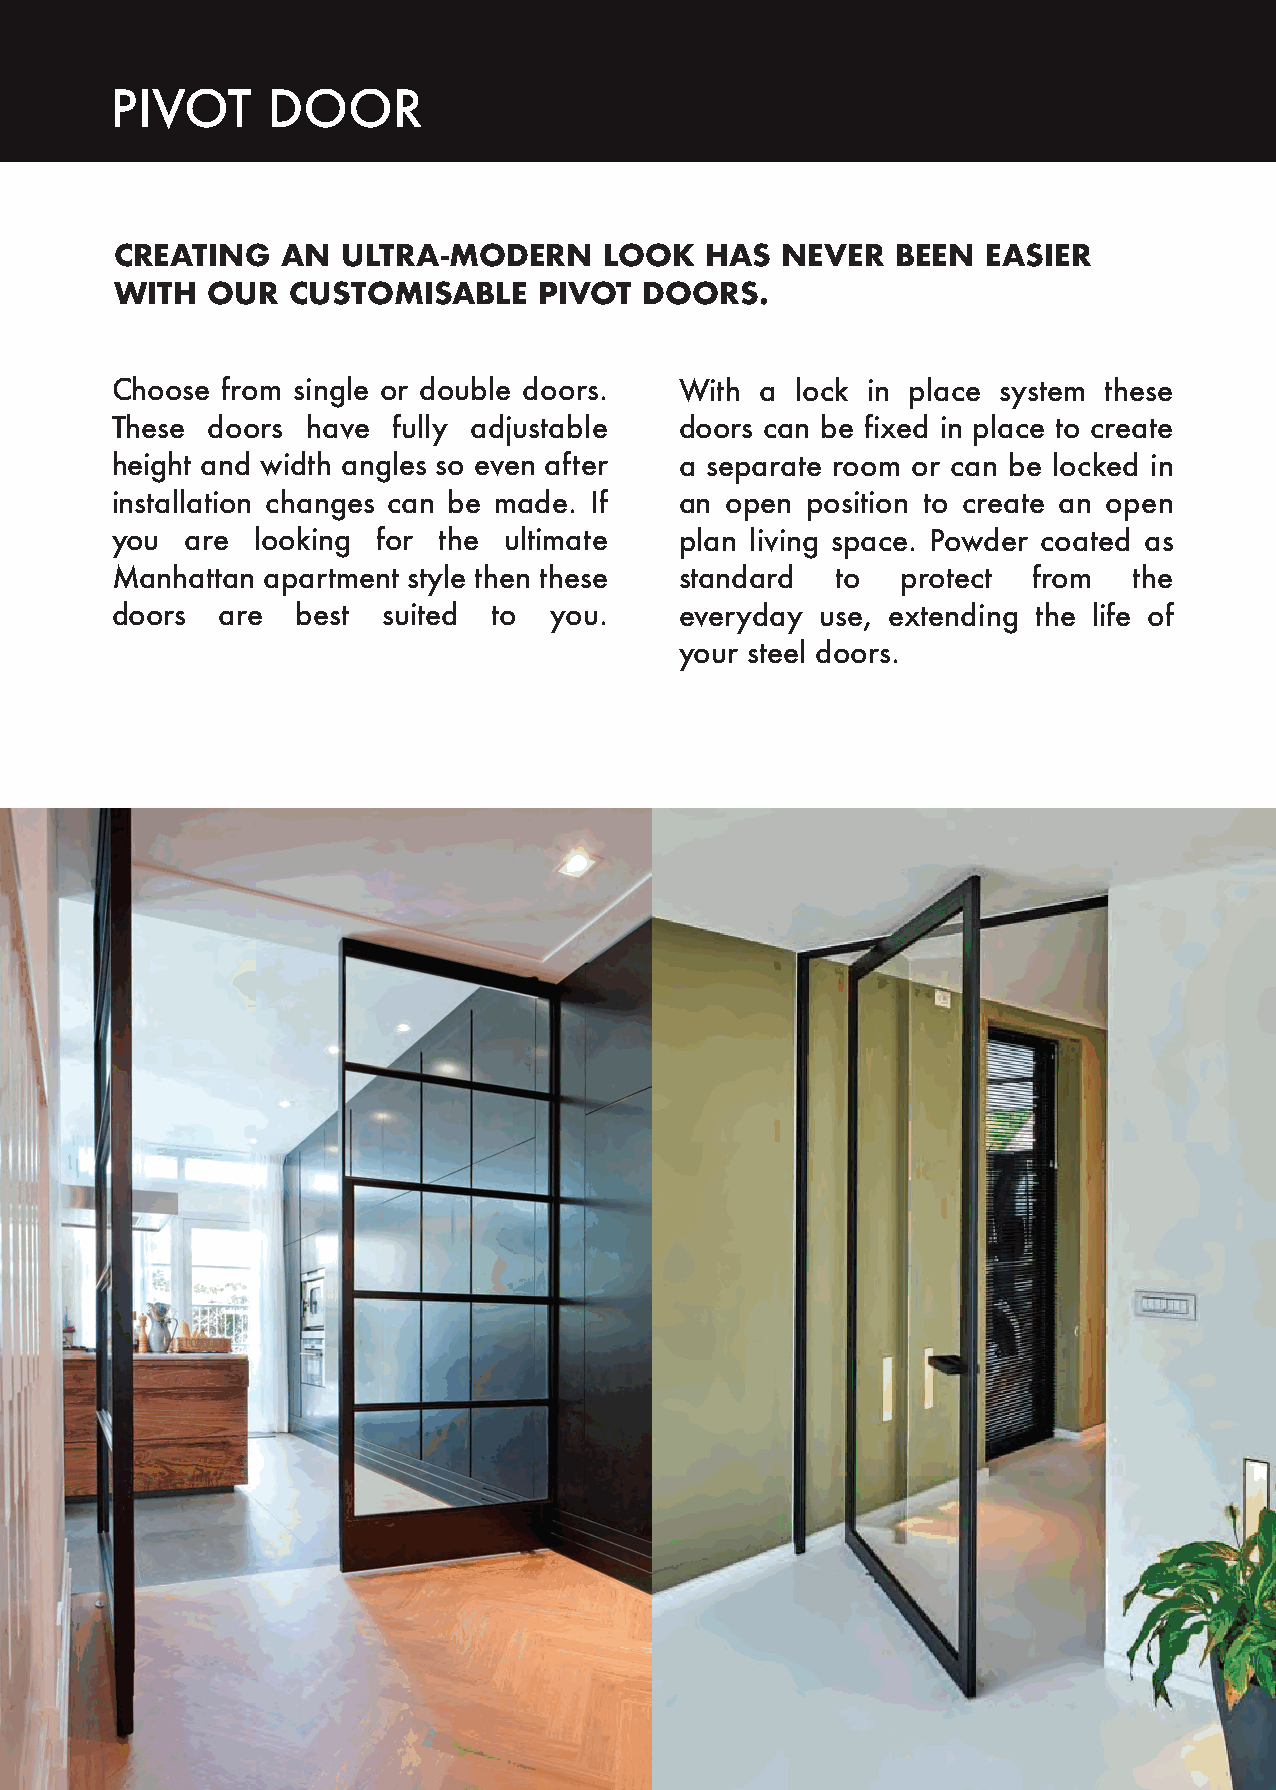
PIVOT      DOOR
 CREATING   AN  ULTRA-MODERN     LOOK   HAS  NEVER  BEEN  EASIER
 WITH  OUR  CUSTOMISABLE     PIVOT  DOORS.
 Choose  from single or double doors.  With a  lock in place system these
 These  doors have  fully adjustable   doors can be fixed in place to create
 height and width angles so even after a separate room or can be locked in
 installation changes can be made. If  an open position to create an open
 you  are  looking for the ultimate    plan living space. Powder coated as
 Manhattan apartment style then these  standard  to   protect from   the
 doors   are  best suited  to you.     everyday use, extending the life of
 your steel doors.